Report of the Indian Hemp Drugs Commission, 1894-1895 - Volume III
Year: 1894
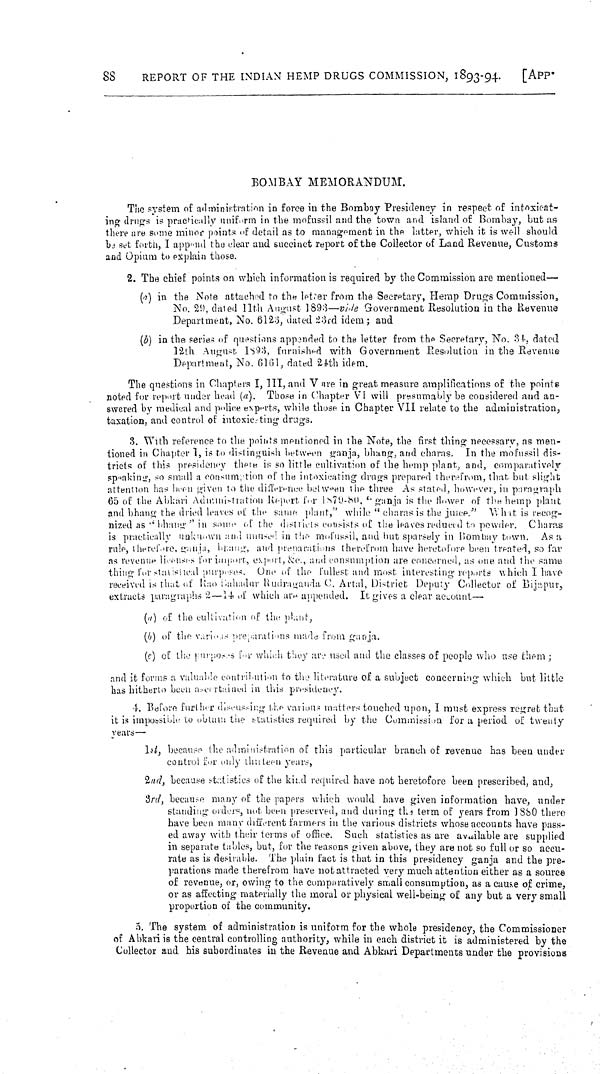
88
REPORT OF THE INDIAN HEMP DRUGS COMMISSION, 1893-94.
[APP.
BOMBAY MEMORANDUM.
The system of administration in force in the Bombay Presidency in respect of intoxicat-
ing drugs is practically uniform in the mofussil and the town and island of Bombay, but as
there are some minor points of detail as to management in the hitter, which it is well should
be set forth, I append the clear and succinct report of the Collector of Laud Revenue, Customs
and Opium to explain those.
2. The chief points on which information is required by the Commission are mentioned—
(a) in the Note attached to the letter from the Secretary, Hemp Drugs Commission,
No. 29, dated 11th August 1893—vide Government Resolution in the Revenue
Department, No. 6123, dated 2:3rd idem; and
(b) in the series of questions appended to the letter from the Secretary, No. 34, dated
12th August 1893, furnished with Government Resolution in the Revenue
Department, No. 6161, dated 24th idem.
The questions in Chapters I, III, and V are in great measure amplifications of the points
noted for report under head (a). Those in Chapter VI will presumably be considered and an-
swered by medical and police experts, while those in Chapter VII relate to the administration,
taxation, and control of intoxicating drugs.
3. With reference to the points mentioned in the Note, the first thing necessary, as men-
tioned in Chapter 1, is to distinguish between ganja, bhang, and charas. In the mofussil dis-
tricts of this presidency thete is so little cultivation of the hemp plant, and, comparatively
speaking, so small a consumption of the intoxicating drugs prepared therefrom, that but slight
attention has been given to the difference between the three As stated, however, in paragraph
65 of the Abkari Administration Report for 1879-80, "ganja is the Hower of the hemp plant
and bhang the dried leaves of the same, plant," while "charas is the juice." Whit is recog-
nized as "bhang" in some of the districts consists of the leaves reduced to powder.
Charas
is practically unknown and unused in the mofussil, and hut sparsely in Bombay town. As a
rule, therefor ganja, bhang, and preparations therefrom have heretofore been treated, so far
as revenue licenses for import, export, &c., and consumption are concerned, as one and the same
thing for statistical purpuses. One of the fullest and most, interesting reports which I have
received is that of Rao Bahadur Rudraganda C. Artal, District Deputy Collector of Bijapur,
extracts paragraphs 2—14 of which are appended. It gives a clear account—
(a) of the cultivation of the plant,
(b) of the various preparations made from ganja.
(c) of the purposes for which they are used and the classes of people who use them;
and it forms a valuable contribution to the literature of a subject concerning which but little
has hitherto been ascertained in this presidency.
4. Before further discussing the various matters touched upon, I must express regret that
it is impossible to obtain the statistics required by the Commission for a period of twenty
years—
1st, because the administration of this particular branch of revenue has been under
control for only thirteen years,
2nd, because statistics of the kind required have not heretofore been prescribed, and,
3rd, because many of the papers which would have given information have, under
standing orders, not been preserved, and during the term of years from 1880 there
have been many different farmers in the various districts whose accounts have pass-
ed away with their terms of office. Such statistics as are available are supplied
in separate tables, but, for the reasons given above, they are not so full or so accu-
rate as is desirable. The plain fact is that in this presidency ganja and the pre-
parations made therefrom have not attracted very much attention either as a source
of revenue, or, owing to the comparatively small consumption, as a cause of crime,
or as affecting materially the moral or physical well-being of any but a very small
proportion of the community.
5. The system of administration is uniform for the whole presidency, the Commissioner
of Abkari is the central controlling authority, while in each district it is administered by the
Collector and his subordinates in the Revenue and Abkari Departments under the provisions